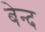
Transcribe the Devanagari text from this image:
बेन्द